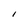
Character: I